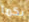
بكما